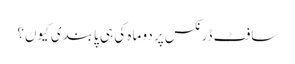
سافٹ ڈرنکس پر دو ماہ کی ہی پابندی کیوں؟